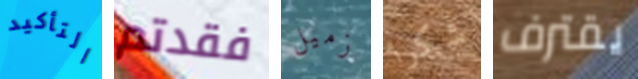
التأكيد فقدتم زميل شكرا يقترف